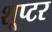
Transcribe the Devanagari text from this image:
शूप्टर